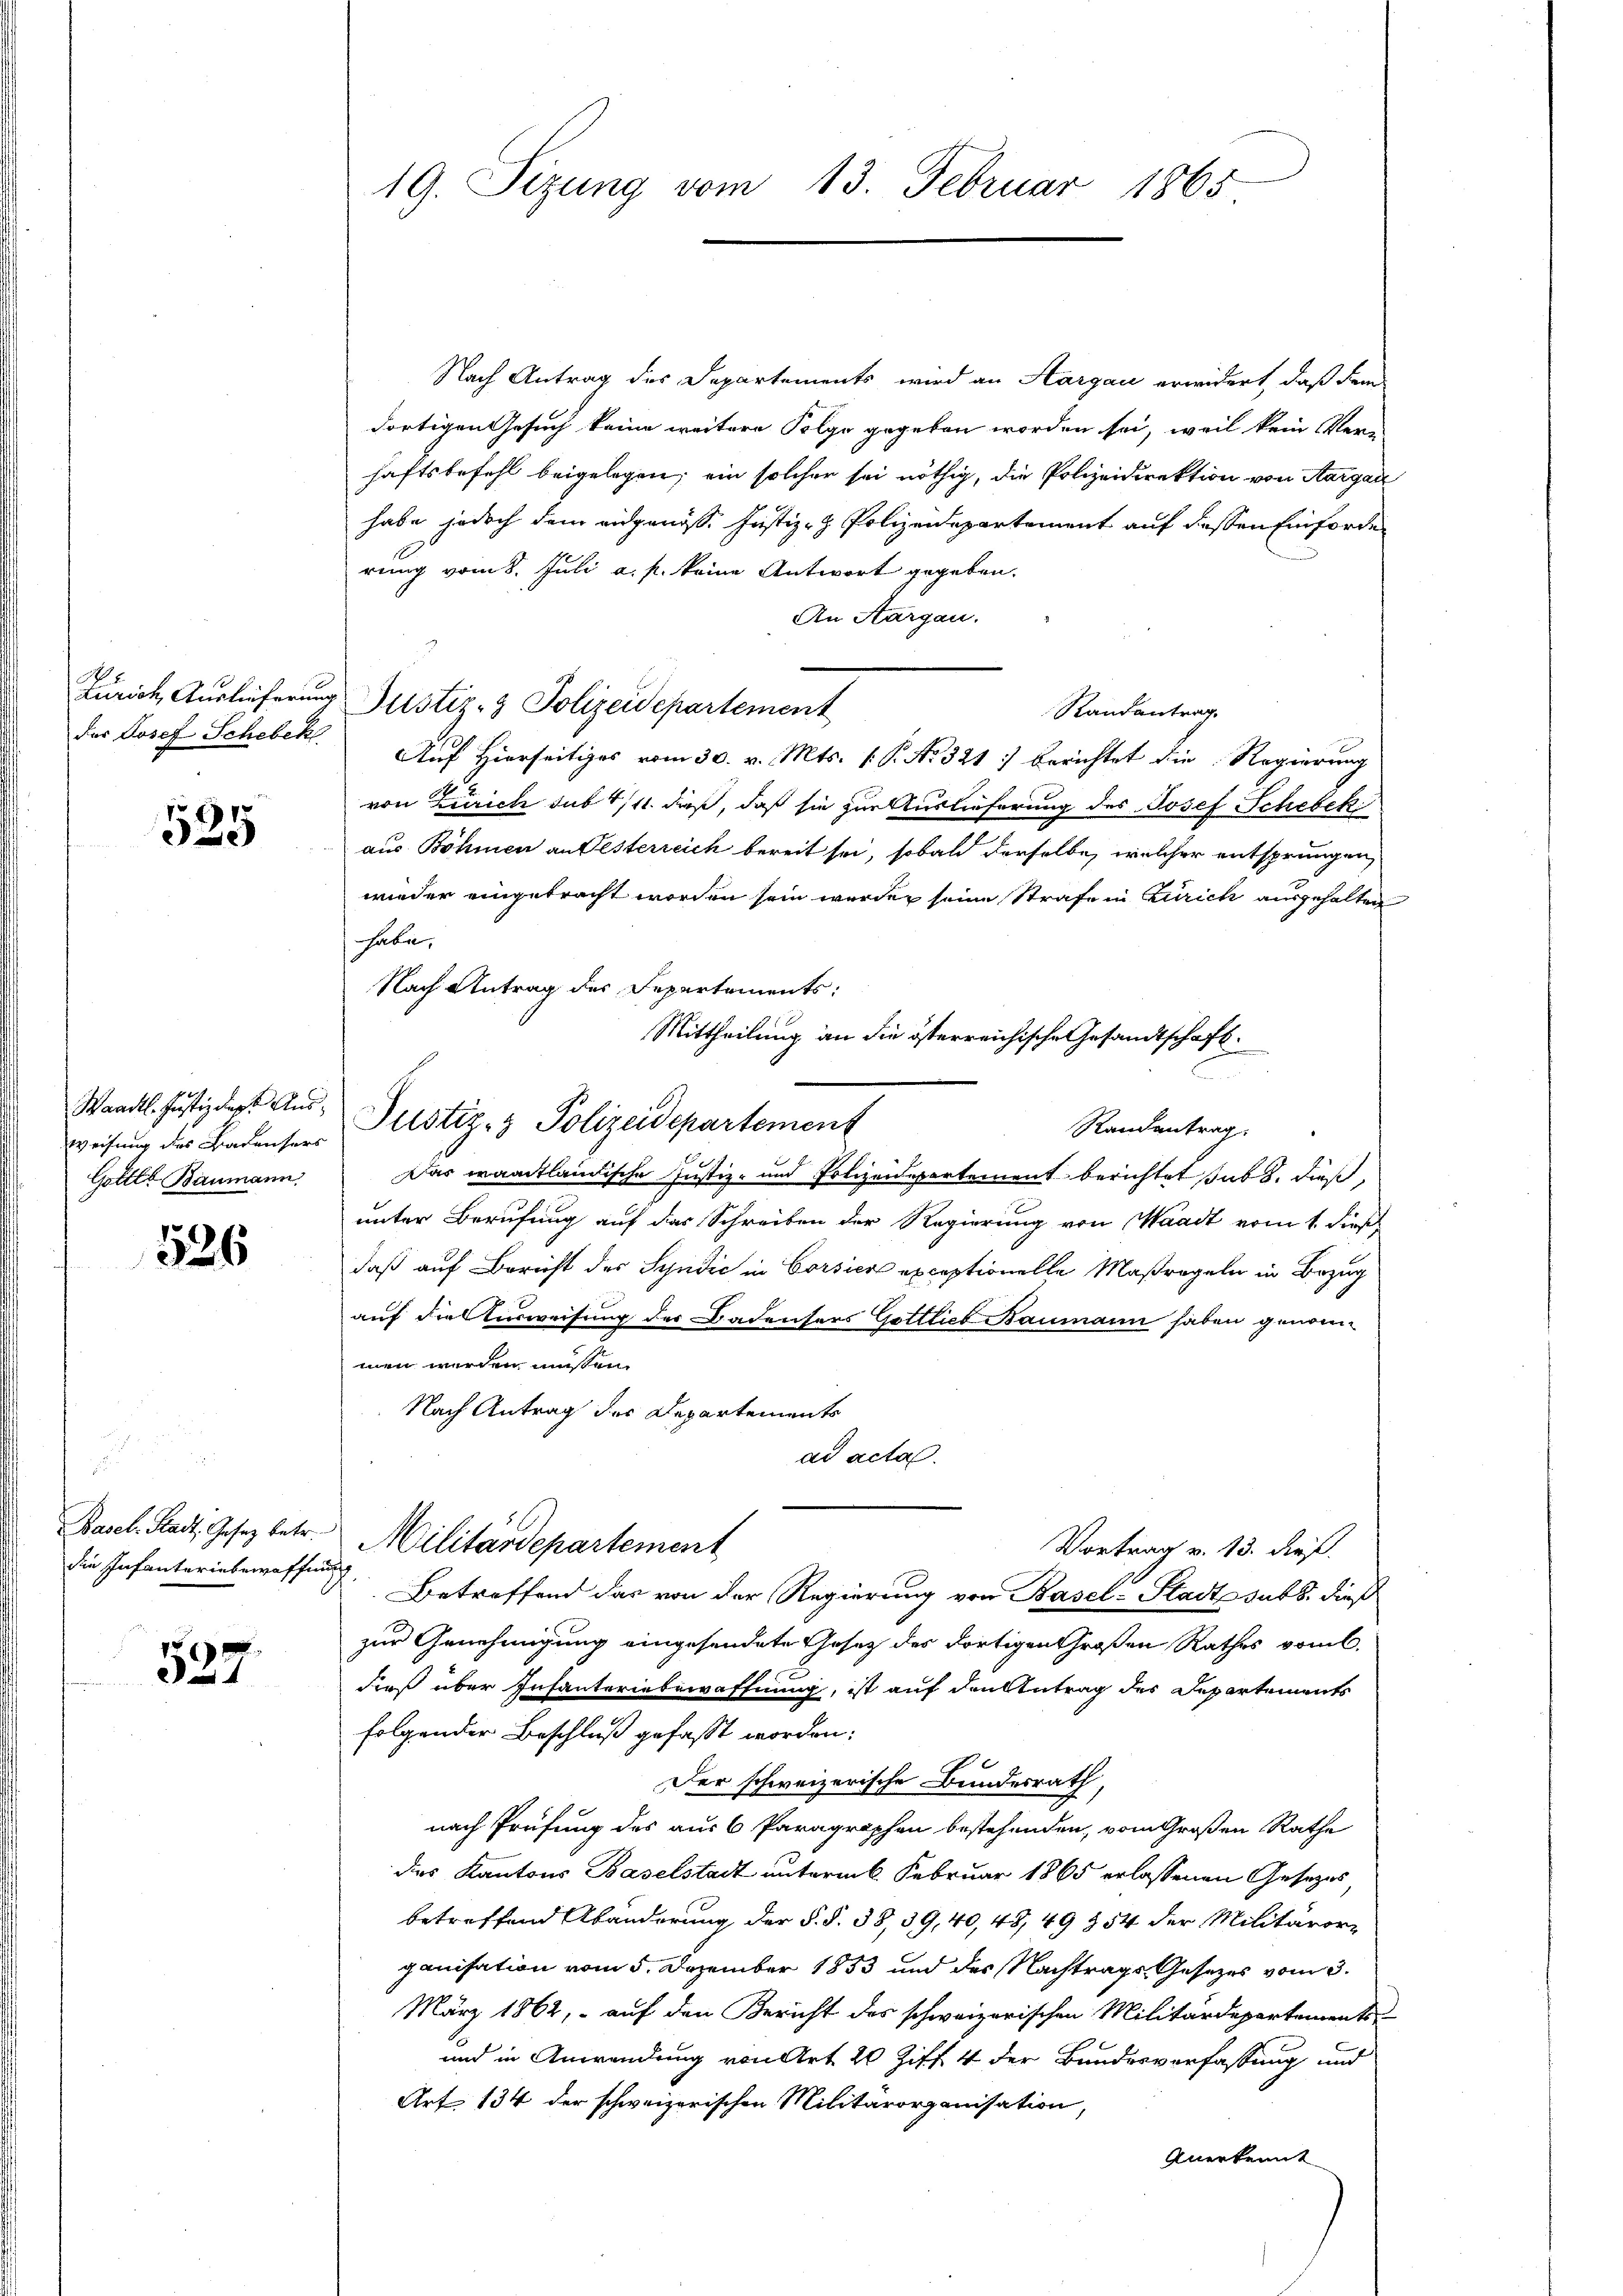
der Josef Schebek

525

Waadt. Justiz das Aus¬
Gottes Baumann,

526

Basel-Stadt, Gesetz betr.
die Infanteriebewaffnung

537

19. Sizung vom 13. Februar 1865

Nach Antrag des Departements wird an Aargau erwidert, daß Fran
dortigen Gesuch keine weitere Folge gegeben worden sei, weil kein Ver-
haftsbefehl beigelegen; ein solcher sei nöthig, die Polizeidirektion von Aargar
habe jedoch dem eidgenöss. Justiz- & Polizeidepartement auf dessen Einforde
rung vom 8. Juli a. p. keine Antwort gegeben.
An Aargau.
Randantrag.
Auf Hierseitiges vom 30. v. Mts. (: P. Nr. 321 :/ berichtet die Regierung
von Zürich sub 4/11. daß, daß sie zur Auslieferung des Josef Schebek
aus Böhmen an Pesterreich bereit sei, sobald derselbe, welcher entsprungen,
wieder eingebracht worden sein werden seine Strafe in Zürich ausgehalten
habe,
Nach Antrag des Departements:
Mittheilung an die österreichische Gesandtschaft.
n
Randentrag.
Das waadtländische Justiz- und Polizeidepartement berichtet sub b. dieß,
unter Berufung auf das Schreiben der Regierung von Waadt vom 1. dieß,
daß auf Bericht der Syndić in Corsier exceptionelle Maßregeln in Bezug
auf die Ausweisung der Badensers Gottlieb Baumann haben genommen werden müssen.
Nach Antrag des Departements
ad acta.
Militärdepartement
Vortrag v. 13. dieß.
Betreffend das von der Regierung von Basel-Stadt subs, dieß
zur Genehmigung eingesendete Gesetz des dortigen Großen Rathes vom l.
dieß über Infanteriebewaffnung, ist auf den Antrag des Departements
folgender Beschluß gefaßt worden:
Der schweizerische Bundesrath
nach Prüfung des aus 6 Paragraphen bestehenden, vom Großen Rathe
des Kantons Baselstadt unterm 6. Februar 1865 erlassenen Gesetzes
betreffend Abänderung der §. §. 38, 39, 40, 48, 49 § 54 der Militärorg
ganisation vom 5. Dezember 1853 und des Nachtrage Gesetzes vom 3.
März 1862, - auf den Bericht des schweizerischen Militärdepartements-
und in Anwendung von Art. 20 Ziff. 4 der Bundesverfassung und
Art. 134 der schweizerischen Militärorganisation,
Anerkennt

Zürich, Auslieferung Justiz- & Polizeidepartement

weisung des Badenser Altstiz- & Polizeidepartement